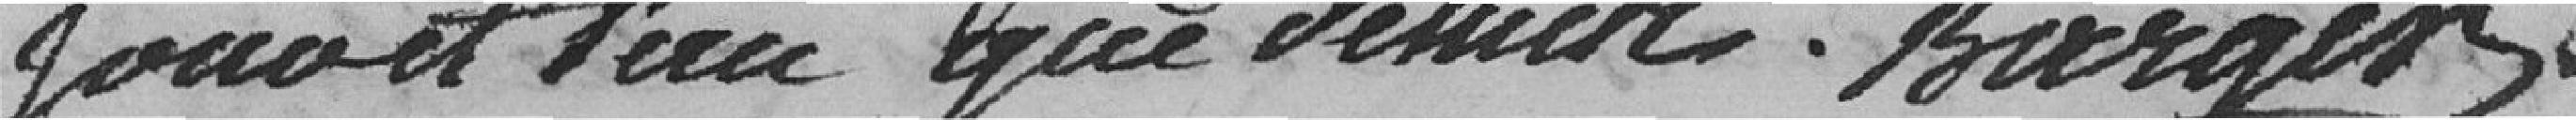
jour et l'an que demis . Burger.